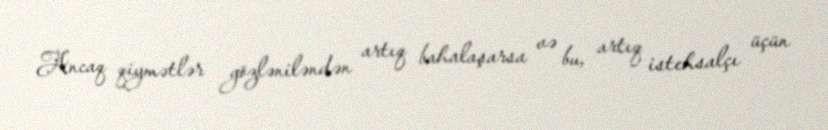
Ancaq qiymətlər gözləniləndən artıq bahalaşarsa və bu, artıq istehsalçı üçün